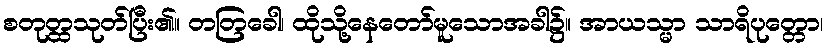
စတုတ္ထသုတ်ပြီး၏။ တတြခေါ၊ ထိုသို့နေတော်မူသောအခါ၌။ အာယသ္မာ သာရိပုတ္တော၊